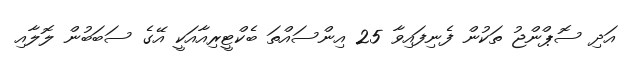
އަދި ސޮޕްންޖު ތަކުން ފެނިފައިވާ 25 އިންސައްތަ ބެކްޓީރިއާއަކީ އޭގެ ސަބަބުން ލޮލާއި